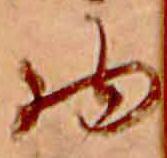
物